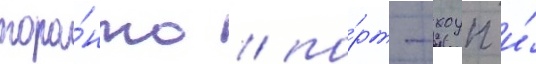
торо́нто / по́рт-хоуп и́